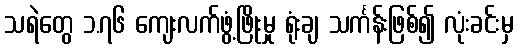
သရဲတွေ ၁.၇၆ ကျေးလက်ဖွံ့ဖြိုးမှု ရုံးချ သင်္ကန်းဖြစ်၍ လုံးခင်းမှ